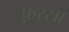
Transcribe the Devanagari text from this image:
फ़रसा